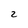
Character: 2